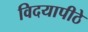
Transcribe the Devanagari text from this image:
विदयापीठे